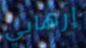
إرهابي